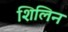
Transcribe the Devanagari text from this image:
शिलिन